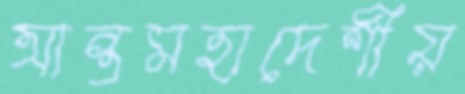
আন্তমহাদেশীয়